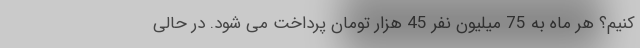
کنیم؟ هر ماه به 75 میلیون نفر 45 هزار تومان پرداخت می شود. در حالی